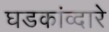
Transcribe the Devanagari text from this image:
घडकांव्दारे